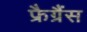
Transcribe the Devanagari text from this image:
फ्रैग्रैंस